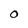
Character: O